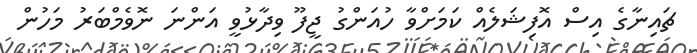
ޗައިނާގެ އިސް އޮފިޝަލެއް ކަމަށްވާ ހުއަންގު ޖީފޫ ވިދާޅުވީ އަންނަ ނޮވެމްބަރު މަހުން